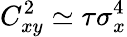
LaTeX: C_{xy}^{2}\simeq\tau\sigma_{x}^{4}